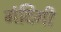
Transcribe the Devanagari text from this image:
गंदिगी